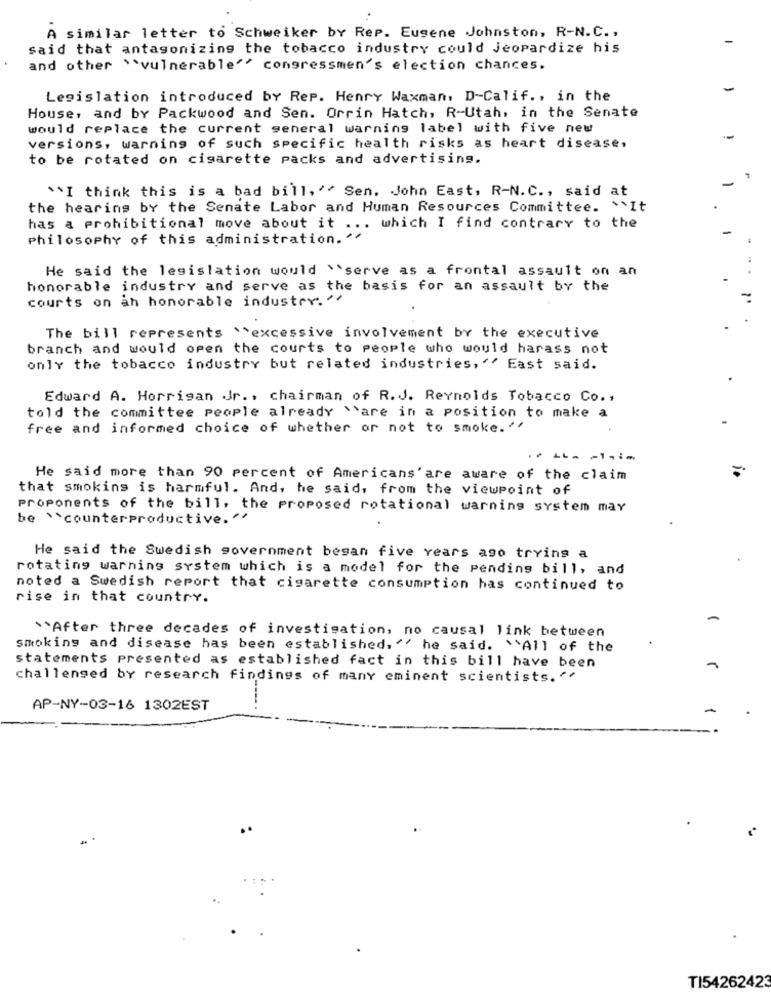
A similar letter to Schweiker by Rep. Eugene Johnston, R-N.C .,
said that antagonizing the tobacco industry could Jeopardize his
and other "vulnerable"" congressmen's election chances.
Legislation introduced by Rep. Henry Waxman, D-Calif ., in the
House, and by Packwood and Sen. Orrin Hatch, R-Utah, in the Senate
would replace the current general warning label with five new
versions, warning of such specific health risks as heart disease,
to be rotated on cigarette packs and advertising.
"I think this is a bad bill, "" Sen. John East, R-N.C ., said at
the hearing by the Senate Labor and Human Resources Committee. It
has a prohibitional move about it ... which I find contrary to the
philosophy of this administration.'
He said the legislation would \serve as a frontal assault on an
honorable industry and serve as the basis for an assault by the
courts on an honorable industry. "
2.
The bill represents ``excessive involvement by the executive
branch and would open the courts to people who would harass not
only the tobacco industry but related industries, " East said.
Edward A. Horrigan Jr ., chairman of R.J. Reynolds Tobacco Co .,
told the committee people already "are in a position to make a
free and informed choice of whether or not to smoke. ''
He said more than 90 percent of Americans'are aware of the claim
that smoking is harmful. And, he said, from the viewpoint of
Proponents of the bill, the proposed rotational warning system may
be " counterproductive. ..
He said the Swedish government began five Years ago trying a
rotating warning system which is a model for the pending bill, and
noted a Swedish report that cigarette consumption has continued to
rise in that country.
``After three decades of investigation, no causal link between
smoking and disease has been established, " he said. "All of the
statements presented as established fact in this bill have been
challenged by research findings of many eminent scientists. ''
AP-NY-03-16 1302EST
---- .
TI54262423